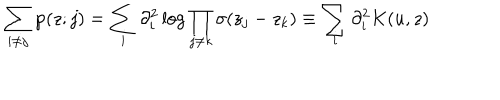
LaTeX: \sum _ { i \neq j } \wp ( z ; j ) = \sum _ { i } \partial _ { i } ^ { 2 } \log \prod _ { j \neq k } \sigma ( z _ { j } - z _ { k } ) \equiv \sum _ { i } \partial _ { i } ^ { 2 } K ( u , z )